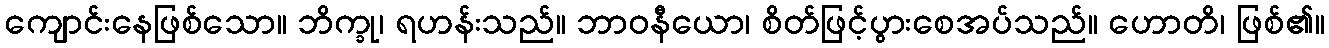
ကျောင်းနေဖြစ်သော။ ဘိက္ခု၊ ရဟန်းသည်။ ဘာဝနီယော၊ စိတ်ဖြင့်ပွားစေအပ်သည်။ ဟောတိ၊ ဖြစ်၏။